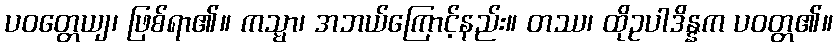
ပဝတ္တေယျ၊ ဖြစ်ရာ၏။ ကသ္မာ၊ အဘယ်ကြောင့်နည်း။ တဿ၊ ထိုဥပါဒိန္နက ပဝတ္တ၏။